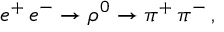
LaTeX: e ^ { + } \, e ^ { - } \rightarrow \rho ^ { 0 } \rightarrow \pi ^ { + } \, \pi ^ { - } \, ,